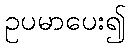
ဥပမာပေး၍